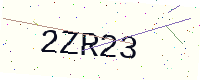
Text: 2ZR23